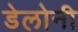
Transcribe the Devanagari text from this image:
डेलोनी